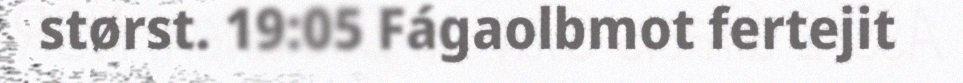
størst. 19:05 Fágaolbmot fertejit